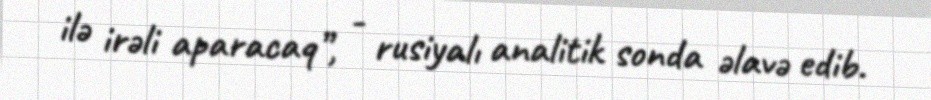
ilə irəli aparacaq”, - rusiyalı analitik sonda əlavə edib.